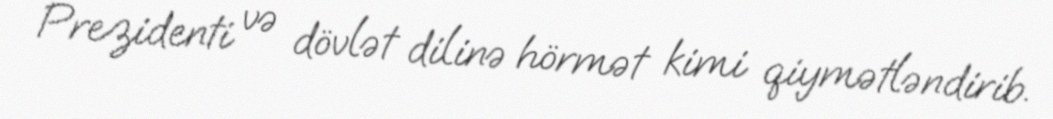
Prezidenti və dövlət dilinə hörmət kimi qiymətləndirib.